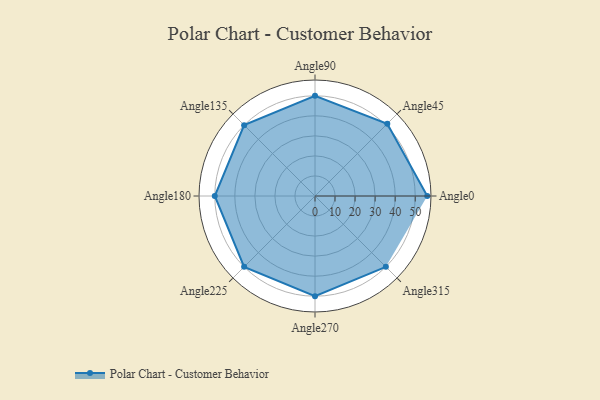
{"axis": {"x": "Angle", "y": "Radius"}, "legend": [""], "data": [{"x": "Angle0", "y": 56.0, "type": ""}, {"x": "Angle45", "y": 51.0, "type": ""}, {"x": "Angle90", "y": 50, "type": ""}, {"x": "Angle135", "y": 50, "type": ""}, {"x": "Angle180", "y": 50, "type": ""}, {"x": "Angle225", "y": 50.0, "type": ""}, {"x": "Angle270", "y": 50, "type": ""}, {"x": "Angle315", "y": 50, "type": ""}]}